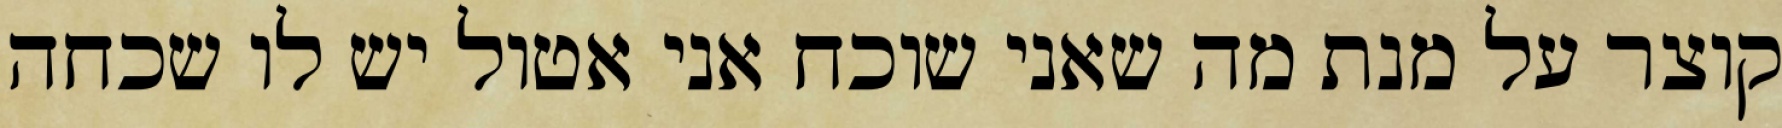
קוצר על מנת מה שאני שוכח אני אטול יש לו שכחה